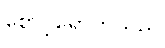
စောင့်ရှောက်သည်